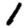
Digit: 1